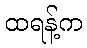
ထရန့်က